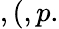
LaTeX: ,(,p.